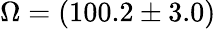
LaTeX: \Omega=(100.2\pm 3.0)